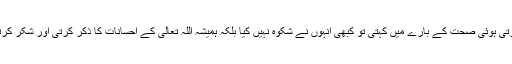
ان کی گرتی ہوئی صحت کے بارے میں کہتی تو کبھی انہوں نے شکوہ نہیں کیا بلکہ ہمیشہ اللہ تعالیٰ کے احسانات کا ذکر کرتی اور شکر کرتی تھیں ۔